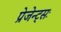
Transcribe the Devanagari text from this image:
प्रेजेन्ट्सः